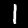
Label: 1